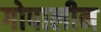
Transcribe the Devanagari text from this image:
गोपालीन